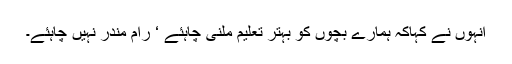
انہوں نے کہاکہ ہمارے بچوں کو بہتر تعلیم ملنی چاہئے ‘ رام مندر نہیں چاہئے۔